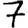
Digit: 7